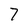
Character: 7